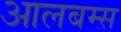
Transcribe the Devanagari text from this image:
आलबम्स